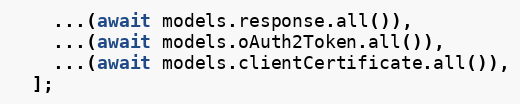
Language: JavaScript
    ...(await models.response.all()),
    ...(await models.oAuth2Token.all()),
    ...(await models.clientCertificate.all()),
  ];